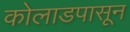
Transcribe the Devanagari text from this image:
कोलाडपासून